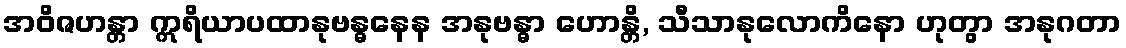
အဝိဇဟန္တာ ဣရိယာပထာနုဗန္ဓနေန အနုဗန္ဓာ ဟောန္တိ, သီသာနုလောကိနော ဟုတွာ အနုဂတာ